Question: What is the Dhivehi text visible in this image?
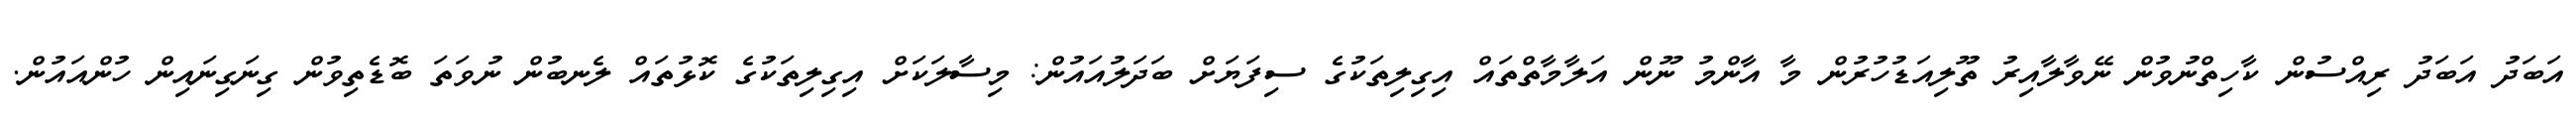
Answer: އަބަދު އަބަދު ރިއްސުން ކާހިތްނުވުން ނޭވާލާއިރު ތޫލިއަޑުހުރުން މާ އާންމު ނޫން އަލާމާތްތައް އިގިލިތަކުގެ ސިފަޔަށް ބަދަލުއައުން: މިސާލަކަށް އިގިލިތަކުގެ ކޮޅުތައް ލެނބުން ނުވަތަ ބޮޑެތިވުން ގިނަގިނައިން ހުންއައުން.